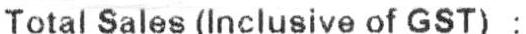
TOTAL SALES (INCLUSIVE OF GST) :